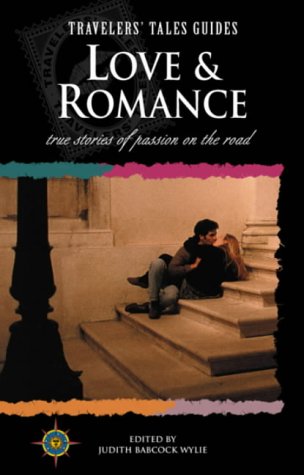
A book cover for Love and Romance: True Stories of Passion on the Road (Travelers' Tales Guides); Romance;